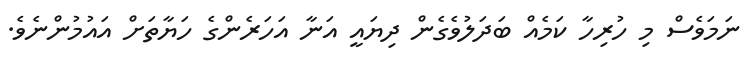
ނަމަވެސް މި ހުރިހާ ކަމެއް ބަދަލުވެގެން ދިޔައީ އަނާ އަހަރެންގެ ހަޔާތަށް އައުމުންނެވެ.